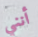
أنني